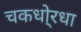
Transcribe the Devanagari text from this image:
चकधो्रधा